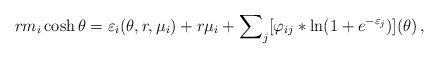
LaTeX: \begin{align*}rm_{i}\cosh \theta =\varepsilon _{i}(\theta ,r,\mu _{i})+r\mu_{i}+\sum\nolimits_{j}[\varphi _{ij}\ast \ln (1+e^{-\varepsilon_{j}})](\theta )\,, \end{align*}